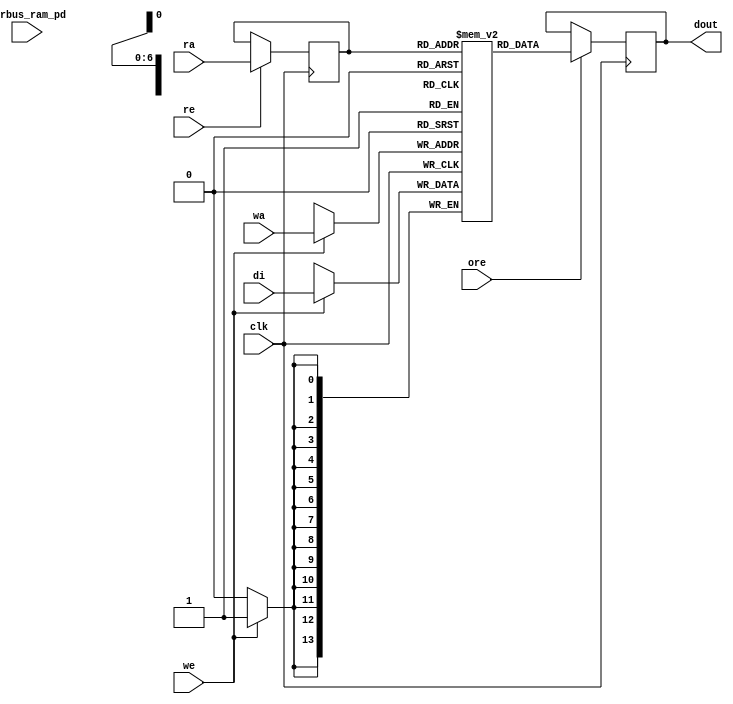
module nv_ram_rwsp_80x14 (
  clk,
  ra,
  re,
  ore,
  dout,
  wa,
  we,
  di,
  pwrbus_ram_pd
);
parameter FORCE_CONTENTION_ASSERTION_RESET_ACTIVE=1'b0;
// port list
input clk;
input [6:0] ra;
input re;
input ore;
output [13:0] dout;
input [6:0] wa;
input we;
input [13:0] di;
input [31:0] pwrbus_ram_pd;
//reg and wire list
reg [6:0] ra_d;
wire [13:0] dout;
reg [13:0] M [79:0];
always @( posedge clk ) begin
    if (we)
       M[wa] <= di;
end
always @( posedge clk ) begin
    if (re)
       ra_d <= ra;
end
wire [13:0] dout_ram = M[ra_d];
reg [13:0] dout_r;
always @( posedge clk ) begin
   if (ore)
       dout_r <= dout_ram;
end
assign dout = dout_r;
endmodule